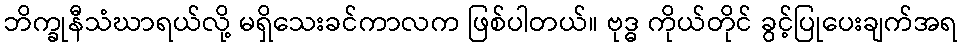
ဘိက္ခုနီသံဃာရယ်လို့ မရှိသေးခင်ကာလက ဖြစ်ပါတယ်။ ဗုဒ္ဓ ကိုယ်တိုင် ခွင့်ပြုပေးချက်အရ